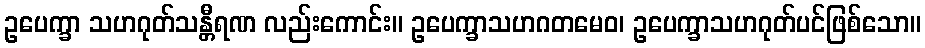
ဥပေက္ခာ သဟဂုတ်သန္တီရဏ လည်းကောင်း။ ဥပေက္ခာသဟဂတမေဝ၊ ဥပေက္ခာသဟဂုတ်ပင်ဖြစ်သော။